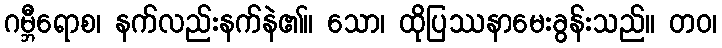
ဂမ္ဘီရောစ၊ နက်လည်းနက်နဲ၏။ သော၊ ထိုပြဿနာမေးခွန်းသည်။ တဝ၊